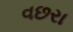
વછરા